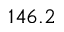
1 4 6 . 2